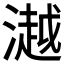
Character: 𣾼